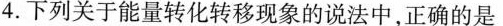
4.下列关于能量转化转移现象的说法中，正确的是